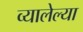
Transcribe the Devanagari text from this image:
व्यालेल्या